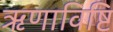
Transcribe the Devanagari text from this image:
ऋणाविष्टि